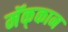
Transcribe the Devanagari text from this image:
मॅक्‌कान